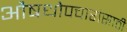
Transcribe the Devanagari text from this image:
औषधोपचारांसाठी